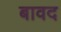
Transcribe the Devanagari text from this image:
बावद